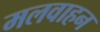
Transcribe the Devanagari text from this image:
मलवाहन